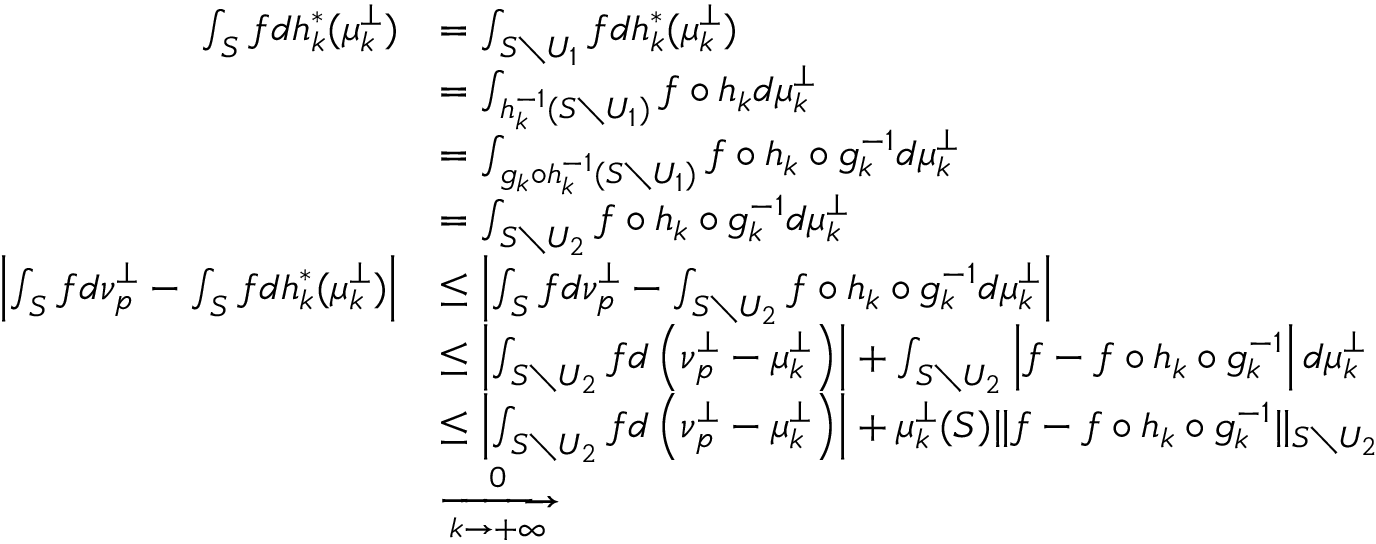
\begin{array} { r l } { \int _ { S } f d h _ { k } ^ { * } ( \mu _ { k } ^ { \perp } ) } & { = \int _ { S \setminus U _ { 1 } } f d h _ { k } ^ { * } ( \mu _ { k } ^ { \perp } ) } \\ & { = \int _ { h _ { k } ^ { - 1 } ( S \setminus U _ { 1 } ) } f \circ h _ { k } d \mu _ { k } ^ { \perp } } \\ & { = \int _ { g _ { k } \circ h _ { k } ^ { - 1 } ( S \setminus U _ { 1 } ) } f \circ h _ { k } \circ g _ { k } ^ { - 1 } d \mu _ { k } ^ { \perp } } \\ & { = \int _ { S \setminus U _ { 2 } } f \circ h _ { k } \circ g _ { k } ^ { - 1 } d \mu _ { k } ^ { \perp } } \\ { \left| \int _ { S } f d \nu _ { \mathfrak { p } } ^ { \perp } - \int _ { S } f d h _ { k } ^ { * } ( \mu _ { k } ^ { \perp } ) \right| } & { \leq \left| \int _ { S } f d \nu _ { \mathfrak { p } } ^ { \perp } - \int _ { S \setminus U _ { 2 } } f \circ h _ { k } \circ g _ { k } ^ { - 1 } d \mu _ { k } ^ { \perp } \right| } \\ & { \leq \left| \int _ { S \setminus U _ { 2 } } f d \left( \nu _ { \mathfrak { p } } ^ { \perp } - \mu _ { k } ^ { \perp } \right) \right| + \int _ { S \setminus U _ { 2 } } \left| f - f \circ h _ { k } \circ g _ { k } ^ { - 1 } \right| d \mu _ { k } ^ { \perp } } \\ & { \leq \left| \int _ { S \setminus U _ { 2 } } f d \left( \nu _ { \mathfrak { p } } ^ { \perp } - \mu _ { k } ^ { \perp } \right) \right| + \mu _ { k } ^ { \perp } ( S ) \| f - f \circ h _ { k } \circ g _ { k } ^ { - 1 } \| _ { S \setminus U _ { 2 } } } \\ & { \xrightarrow [ k \to + \infty ] 0 } \end{array}